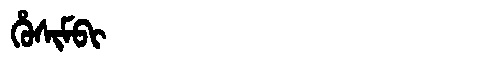
Manchu: ᡥᡠᠰᡳᠮᠪᡳ
Romanization: HUSIMBI